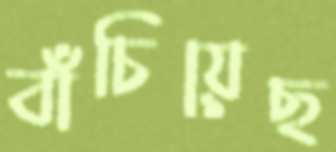
বাঁচিয়েছ